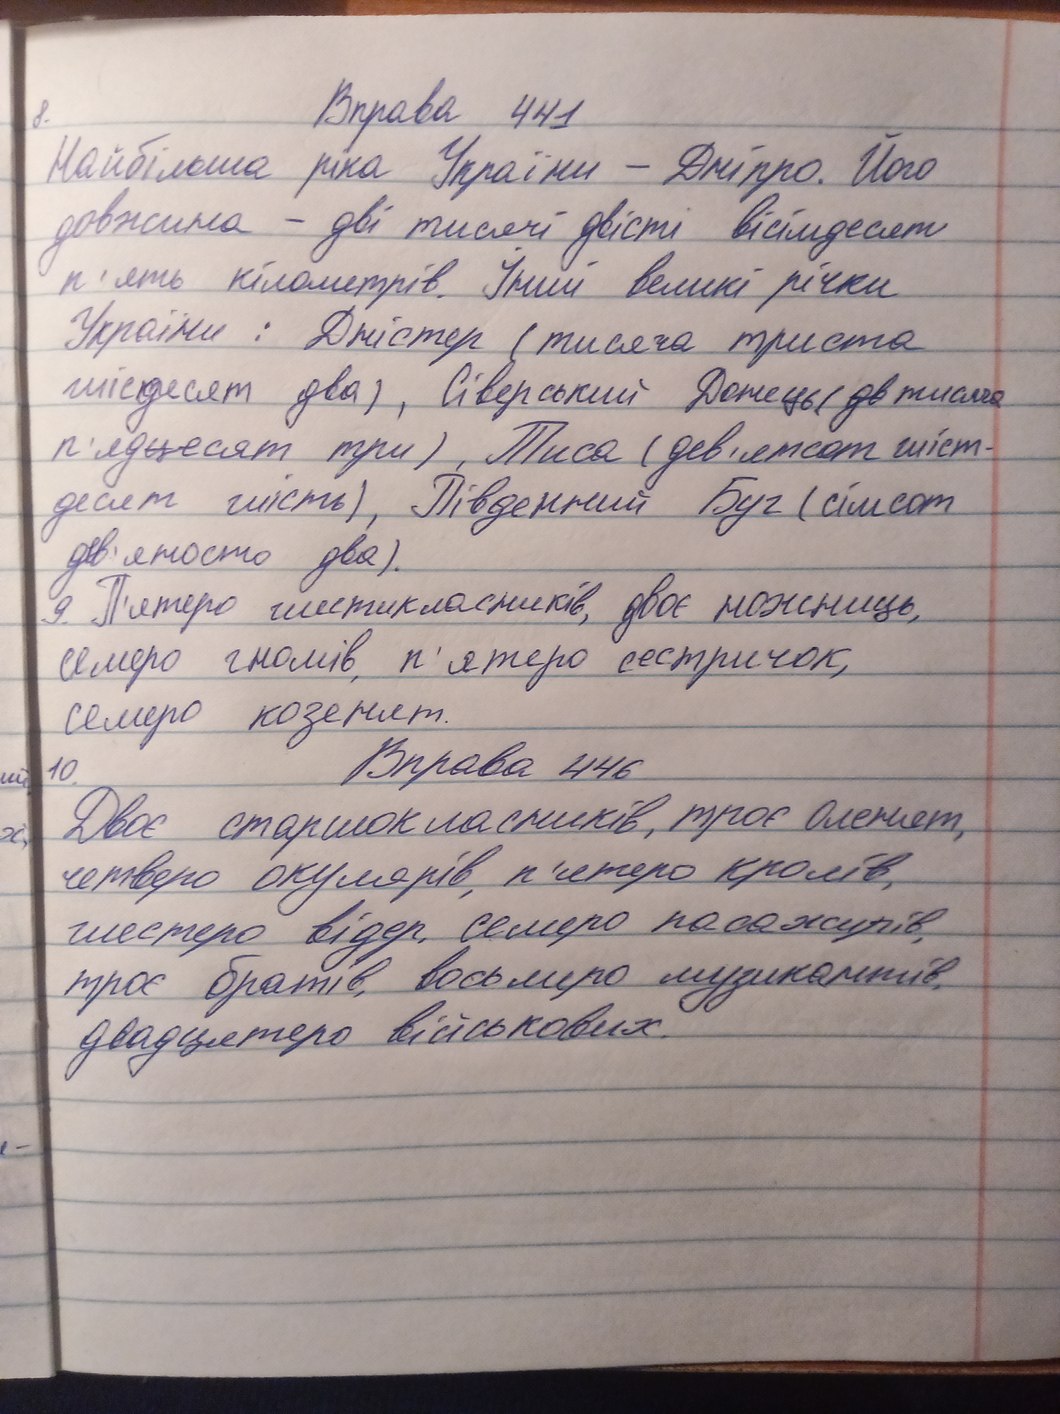
Вправа 441
8.
Найбільша ріка України - Дніпро. Його
довжина - дві тисячі двісті вісімдесят
п'ять кілометрів. Інші великі річки
України : Дністер (тисяча триста
шісдесят два), Сіверський Донець (--дв-- тисяча
п'ятдесят три), Тиса (дев'ятсот шіст-
десят шість), Південний Буг (сімсот
дев'яносто два).
9. П'ятеро шестикласників, двоє ножниць,
семеро гномів, п'ятеро сестричок,
семеро козенят.
Вправа 446
10
Двоє старшокласників, троє оленят,
четверо окулярів, п'ятеро кролів,
шестеро відер, семеро пасажирів,
троє братів, восьмеро музикантів,
двадцятеро військових.